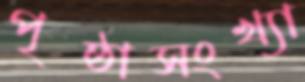
পৃষ্ঠাসংখ্যা